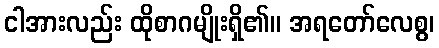
ငါအားလည်း ထိုစာဂမျိုးရှိ၏။ အရတော်လေစွ၊